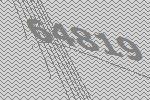
64819